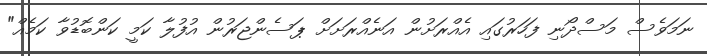
ނަމަވެސް މަސްދޯނި ފަހަރުގައި އެއްރަށުން އަނެއްރަށަށް ޕަސެންޖަރުން އުފުލާ ކަމީ ކަންބޮޑުވާ ކަމެއް"